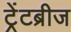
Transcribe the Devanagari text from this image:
ट्रेंटब्रीज